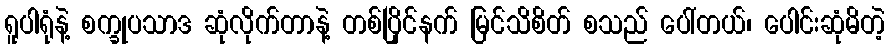
ရူပါရုံနဲ့ စက္ခုပသာဒ ဆုံလိုက်တာနဲ့ တစ်ပြိုင်နက် မြင်သိစိတ် စသည် ပေါ်တယ်၊ ပေါင်းဆုံမိတဲ့